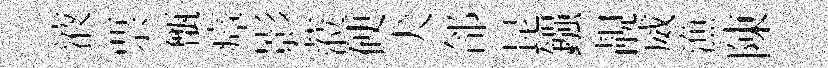
液票甑瘴影蒞硬犬郃昆鏹靚威漁陳